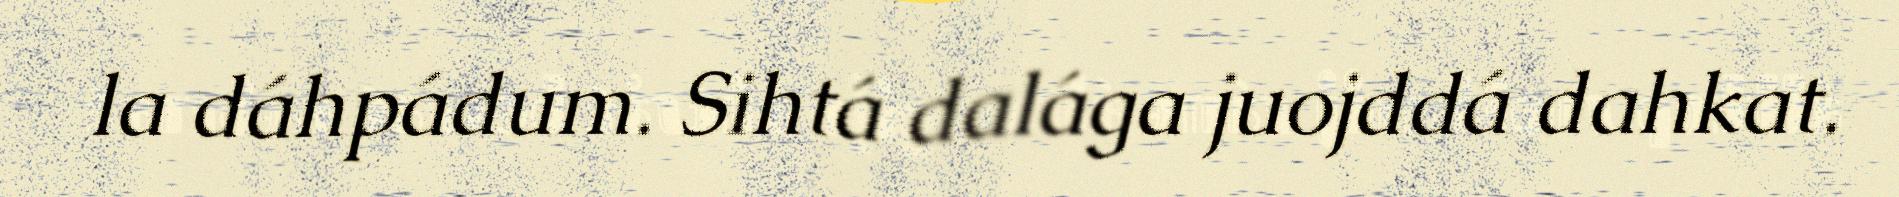
la dáhpádum. Sihtá dalága juojddá dahkat.